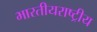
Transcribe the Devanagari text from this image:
भारतीयराष्ट्रीय